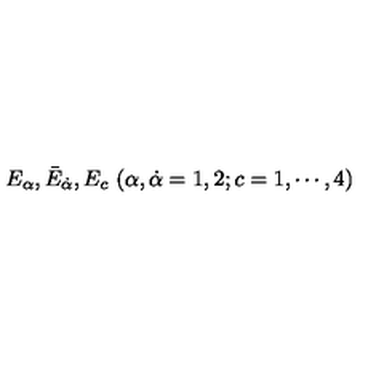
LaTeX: E _ { \alpha } , { \bar { E } } _ { \dot { \alpha } } , E _ { c } \ ( \alpha , \dot { \alpha } = 1 , 2 ; c = 1 , \cdots , 4 )